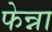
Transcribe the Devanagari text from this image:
फेन्ना